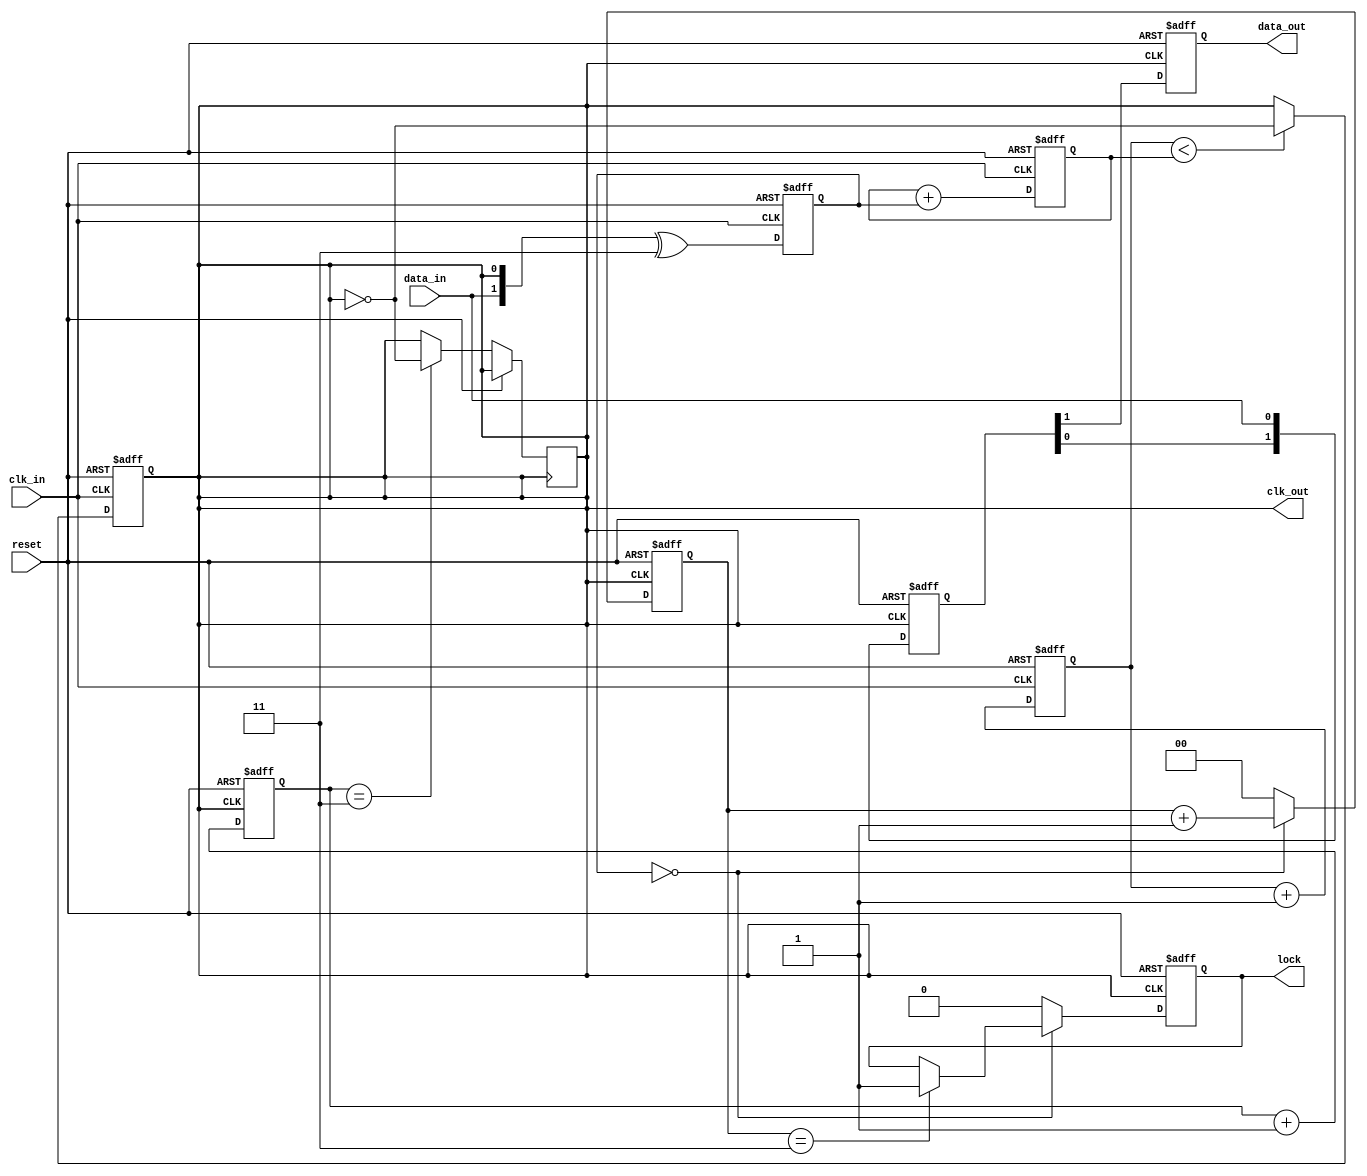
module pll_synchronizer (
    input wire clk_in,          // Incoming clock signal
    input wire data_in,         // Incoming data signal
    input wire reset,           // Asynchronous reset
    output reg clk_out,         // Synchronized output clock
    output reg data_out,        // Synchronized output data
    output reg lock             // Lock signal
);

    // Parameters for PLL
    parameter N = 4;            // Divider factor
    parameter STAGES = 2;       // Number of synchronizer stages

    // Internal signals
    reg [1:0] phase_error;      // Phase error signal
    reg [3:0] vco_count;        // VCO counter
    reg [1:0] lock_counter;      // Lock detection counter
    reg [STAGES-1:0] sync_reg;  // Synchronizer registers

    // Phase Detector (simple XOR for demonstration)
    always @(posedge clk_in or posedge reset) begin
        if (reset) begin
            phase_error <= 2'b00;
        end else begin
            phase_error <= {data_in, clk_out} ^ 2'b11; // Example phase error calculation
        end
    end

    // Loop Filter (simple integrator for demonstration)
    reg [3:0] loop_filter_out;
    always @(posedge clk_in or posedge reset) begin
        if (reset) begin
            loop_filter_out <= 4'b0000;
        end else begin
            loop_filter_out <= loop_filter_out + phase_error; // Simple integrator
        end
    end

    // Voltage-Controlled Oscillator (VCO)
    always @(posedge clk_in or posedge reset) begin
        if (reset) begin
            vco_count <= 4'b0000;
            clk_out <= 1'b0;
        end else begin
            if (vco_count < loop_filter_out) begin
                clk_out <= ~clk_out; // Toggle clock based on control signal
            end
            vco_count <= vco_count + 1;
        end
    end

    // Clock Divider
    reg [N-1:0] clk_divider;
    always @(posedge clk_out or posedge reset) begin
        if (reset) begin
            clk_divider <= 0;
        end else begin
            clk_divider <= clk_divider + 1;
            if (clk_divider == N-1) begin
                clk_out <= ~clk_out; // Divide the clock
            end
        end
    end

    // Multi-stage Synchronizer
    integer i;
    always @(posedge clk_out or posedge reset) begin
        if (reset) begin
            sync_reg <= {STAGES{1'b0}};
            data_out <= 1'b0;
        end else begin
            sync_reg[0] <= data_in; // First stage
            for (i = 1; i < STAGES; i = i + 1) begin
                sync_reg[i] <= sync_reg[i-1]; // Shift register for synchronization
            end
            data_out <= sync_reg[STAGES-1]; // Output from last stage
        end
    end

    // Lock Detection
    always @(posedge clk_out or posedge reset) begin
        if (reset) begin
            lock <= 1'b0;
            lock_counter <= 2'b00;
        end else begin
            if (phase_error == 2'b00) begin
                lock_counter <= lock_counter + 1;
                if (lock_counter == 2'b11) begin
                    lock <= 1'b1; // Lock achieved
                end
            end else begin
                lock_counter <= 2'b00; // Reset lock counter
                lock <= 1'b0; // Not locked
            end
        end
    end

endmodule